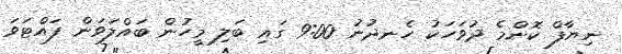
ނިޔާފް ކޮންމެ ދުވަހަކު ހެނދުނު 9:00 ގައި ބަލި މީހުން ބައްލަވަން ފައްޓަވަ